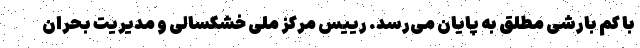
با کم بارشی مطلق به پایان می‌رسد. رییس مرکز ملی خشکسالی و مدیریت بحران